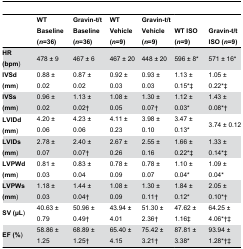
|  | WT Baseline (n=36) | Gravin-t/t Baseline (n=36) | WT Vehicle (n=9) | Gravin-t/t Vehicle (n=9) | WT ISO (n=9) | Gravin-t/t ISO (n=9) |
 | --- | --- | --- | --- | --- | --- | --- |
 | HR (bpm) | 478 ± 9 | 467 ± 6 | 467 ± 20 | 448 ± 20 | 596 ± 8* | 571 ± 16* |
 | IVSd (mm) | 0.88 ± 0.02 | 0.87 ± 0.02 | 0.92 ± 0.03 | 0.93 ± 0.03 | 1.13 ± 0.15*‡ | 1.05 ± 0.22*‡ |
 | IVSs (mm) | 0.96 ± 0.02 | 1.13 ± 0.02† | 1.08 ± 0.05 | 1.30 ± 0.07† | 1.12 ± 0.03* | 1.43 ± 0.08*† |
 | LVIDd (mm) | 4.20 ± 0.06 | 4.23 ± 0.06 | 4.11 ± 0.23 | 3.98 ± 0.10 | 3.47 ± 0.13* | 3.74 ± 0.12 |
 | LVIDs (mm) | 2.78 ± 0.07 | 2.40 ± 0.07† | 2.67 ± 0.26 | 2.55 ± 0.16 | 1.66 ± 0.22*‡ | 1.33 ± 0.14*‡ |
 | LVPWd (mm) | 0.81 ± 0.03 | 0.83 ± 0.04 | 0.78 ± 0.09 | 0.78 ± 0.07 | 1.10 ± 0.04* | 1.09 ± 0.04* |
 | LVPWs (mm) | 1.18 ± 0.03 | 1.44 ± 0.04† | 1.08 ± 0.09 | 1.30 ± 0.11† | 1.84 ± 0.12* | 2.05 ± 0.10*† |
 | SV (μL) | 40.63 ± 0.79 | 50.96 ± 0.49† | 43.94 ± 4.01 | 51.30 ± 2.36† | 47.62 ± 1.16‡ | 64.25 ± 4.06*†‡ |
 | EF (%) | 58.86 ± 1.25 | 68.89 ± 1.25† | 65.40 ± 4.15 | 75.42 ± 3.21† | 87.81 ± 3.38* | 93.94 ± 1.28*†‡ |